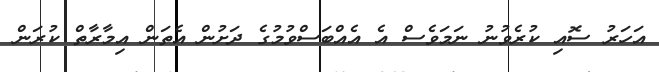
އަހަރު ސޮއި ކުރެވުނު ނަމަވެސް އެ އެއްބަސްވުމުގެ ދަށުން އެތަން އިމާރާތް ކުރަން